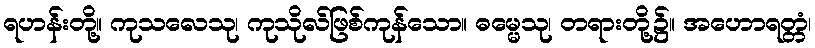
ရဟန်းတို့။ ကုသလေသု၊ ကုသိုလ်ဖြစ်ကုန်သော။ ဓမ္မေသု၊ တရားတို့၌။ အဟောရတ္တံ၊